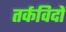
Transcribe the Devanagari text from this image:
तर्कविदों